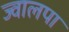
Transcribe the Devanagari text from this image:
ज्वालपा